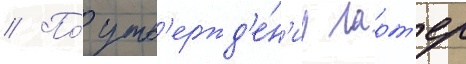
// По́ утв'ержд'е́н'иу ларт'ер